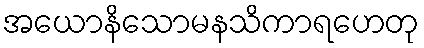
အယောနိသောမနသိကာရဟေတု